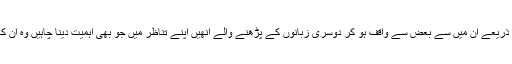
ترجمے کے ذریعے ان میں سے بعض سے واقف ہو کر دوسری زبانوں کے پڑھنے والے انھیں اپنے تناظر میں جو بھی اہمیت دینا چاہیں وہ ان کا معاملہ ہے۔